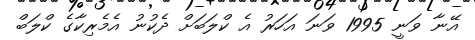
އޭނާ ވަނީ 1995 ވަނަ އަހަރު އެ ކްލަބަށް ދެކުނު އެމެރިކާގެ ކްލަބް